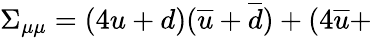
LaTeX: \Sigma_{\mu\mu}=(4u+d)(\overline{{{u}}}+\overline{{{d}}})+(4\overline{{{u}}}+